Civil Veterinary Dept. Bombay admin report 1914-1922 - 1914-1922
Year: 1914
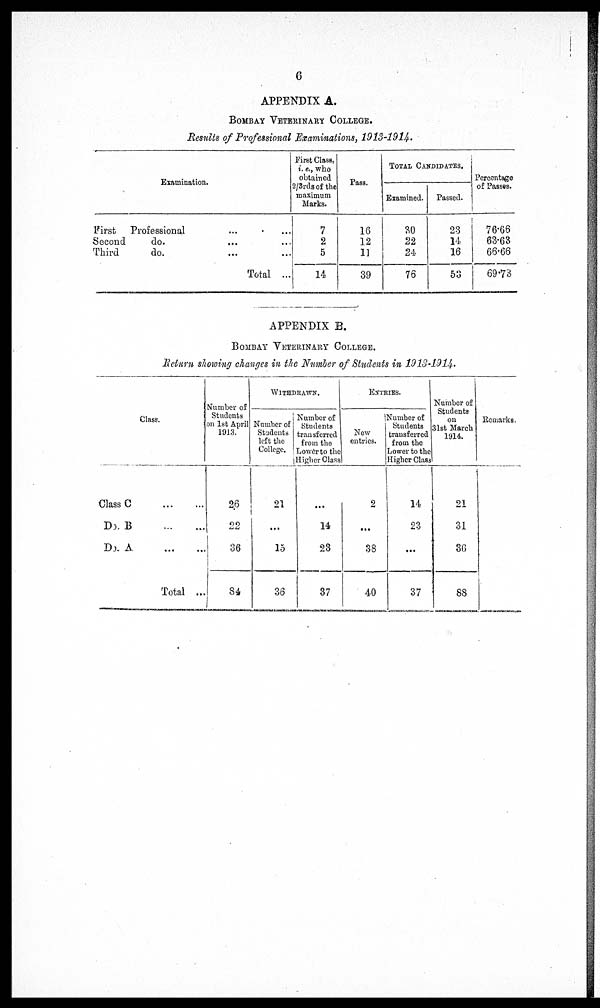
6
APPENDIX A.
BOMBAY VETERINARY COLLEGE.
Results of Professional Examinations, 1913-1914.
Examination.
First
Professional
Second do. ... ...
Third
do.
Total ...
First Class.
i. e., who
obtained
2/3rds of the
maximum
Marks.
7
2
5
14
Pass.
16
12
11
39
TOTAL CANDIDATES.
Examined.
30
22
24
76
Passed.
23
14
16
53
Percentage
of Passes.
76.66
63.63
66.66
69.73
APPENDIX B.
BOMBAY VETERINARY COLLEGE.
Return showing changes in the Number of Students in 1913-1914.
Class.
Class C
...
...
DO. B
...
...
DO. A
...
...
Total ...
Number of
Students
on 1st April
1913.
26
22
36
84
WITHDRAWN.
Number of
Students
left the
College.
21
...
15
38
Number of
Students
transferred
from the
Lower to the
Higher Class
...
14
23
37
ENTRIES.
New
entries.
2
...
38
40
Number of
Students
transferred
from the
Lower to the
Higher Class
14
23
...
37
Number of
Students
on
31st March
1914.
21
31
36
88
Remarks.